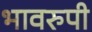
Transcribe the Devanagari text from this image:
भावरुपी